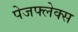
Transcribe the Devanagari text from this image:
पेजफ्लेक्स